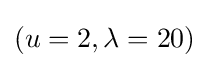
(u=2,\lambda =20)